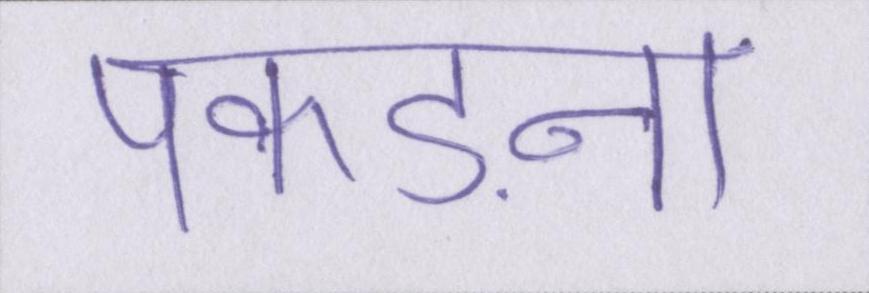
पकड़ना